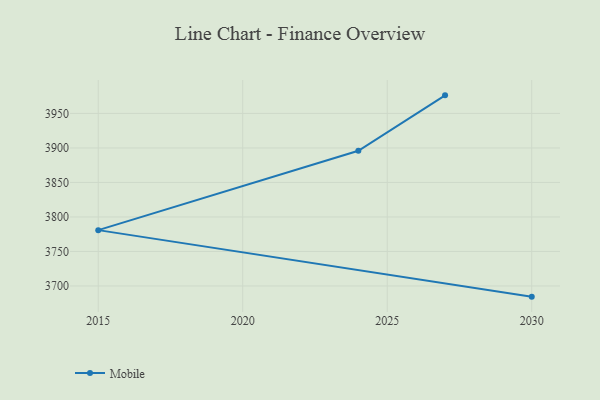
{"axis": {"x": "Year", "y": "Production Output"}, "legend": ["Mobile"], "data": [{"x": "2027", "y": 3976.2, "type": "Mobile"}, {"x": "2024", "y": 3895.9, "type": "Mobile"}, {"x": "2015", "y": 3780.9, "type": "Mobile"}, {"x": "2030", "y": 3684.5, "type": "Mobile"}]}